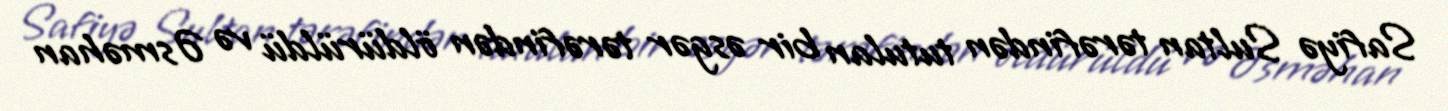
Safiyə Sultan tərəfindən tutulan bir əsgər tərəfindən öldürüldü və Əsməhan